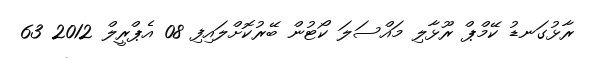
ރާޅުގަނޑު ކޭމްޕް ރޫޅާލި މައްސަލަ ކޯޓުން ބޭރުކޮށްލައިފި 08 އެޕްރީލް 2012 63